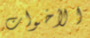
الأخوات